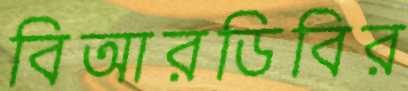
বিআরডিবির